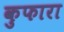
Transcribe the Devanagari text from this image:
कुफारा